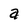
Character: a